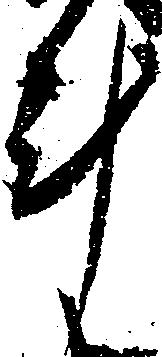
斗